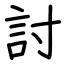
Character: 討